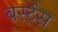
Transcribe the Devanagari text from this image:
बर्स्ट्‌स